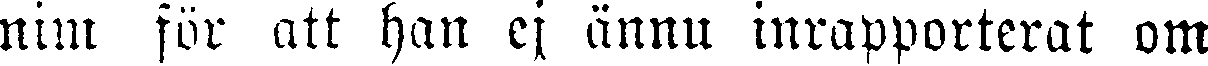
nim för att han ej ännu inrapporterat om